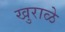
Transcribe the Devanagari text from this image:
खुराळे